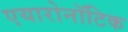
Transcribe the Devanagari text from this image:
एयारोनॉटिक